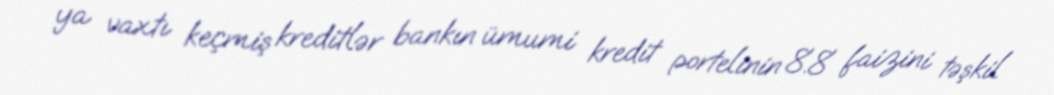
ya vaxtı keçmiş kreditlər bankın ümumi kredit portelinin 8.8 faizini təşkil